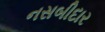
નસબીદાર